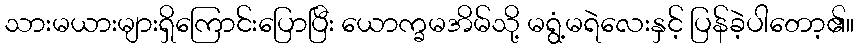
သားမယားများရှိကြောင်းပြောပြီး ယောက္ခမအိမ်သို့ မရွံ့မရဲလေးနှင့် ပြန်ခဲ့ပါတော့၏။